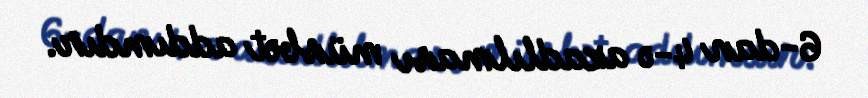
6-dan 4-ə azadlılması müsbət addımdır.